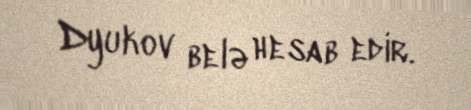
Dyukov belə hesab edir.